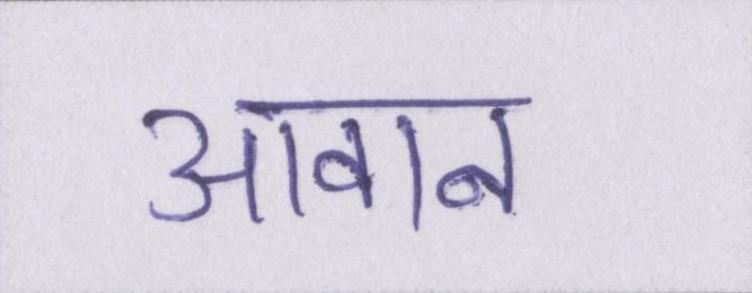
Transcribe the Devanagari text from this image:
आवान